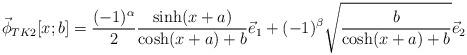
LaTeX: \begin{align*}\vec{\phi}_{TK2}[x;b]=\frac{(-1)^\alpha }{2} \frac{\sinh(x+a)}{\cosh (x+a)+b} \vec{e}_1 +(-1)^\beta \sqrt{\frac{b}{\cosh(x+a)+b}}\vec{e}_2\end{align*}